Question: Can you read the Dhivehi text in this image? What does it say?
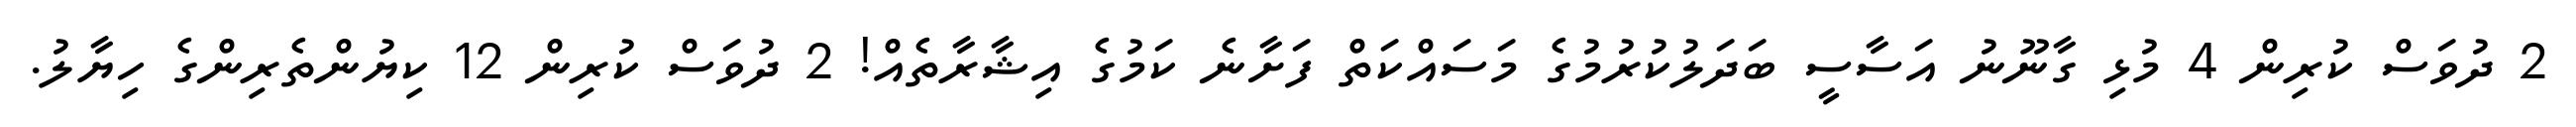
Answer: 2 ދުވަސް ކުރިން 4 މުޅި ގާނޫނު އަސާސީ ބަދަލުކުރުމުގެ މަސައްކަތް ފަށާނެ ކަމުގެ އިޝާރާތެއް! 2 ދުވަސް ކުރިން 12 ކިޔުންތެރިންގެ ހިޔާލު.